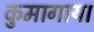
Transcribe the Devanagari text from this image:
कुमागाया